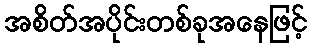
အစိတ်အပိုင်းတစ်ခုအနေဖြင့်